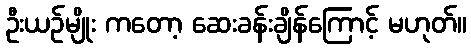
ဦးယဉ်မျိုး ကတော့ ဆေးခန်းချိန်ကြောင့် မဟုတ်။